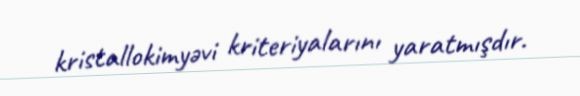
kristallokimyəvi kriteriyalarını yaratmışdır.